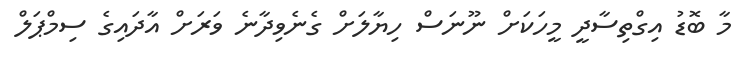
މާ ބޮޑު އިގްތިސާދީ މީހަކަށް ނޫނަސް ހިޔާލަށް ގެނެވިދާނެ ވަރަށް އާދައިގެ ސިމްޕަލް